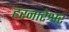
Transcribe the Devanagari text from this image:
हरनारेश्वर